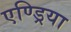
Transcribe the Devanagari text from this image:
एण्ड्रिया